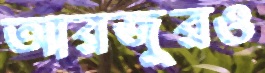
আরজুরও